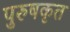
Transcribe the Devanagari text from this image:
पुरुषकृत